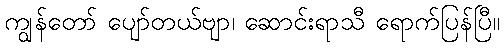
ကျွန်တော် ပျော်တယ်ဗျာ၊ ဆောင်းရာသီ ရောက်ပြန်ပြီ။